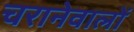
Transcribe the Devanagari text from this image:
चरानेवालों